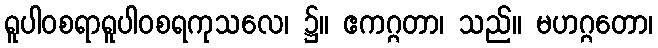
ရူပါဝစရာရူပါဝစရကုသလေ၊ ၌။ ဧကဂ္ဂတာ၊ သည်။ မဟဂ္ဂတော၊